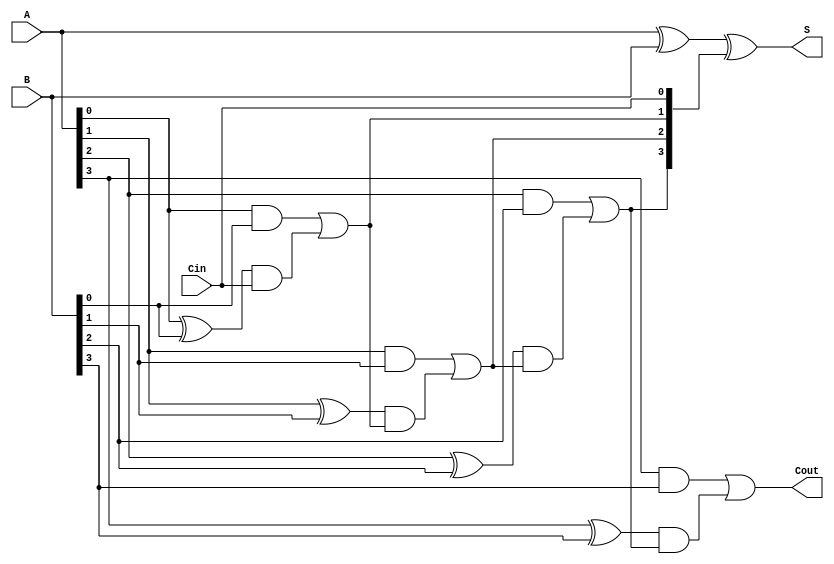
`timescale 1ns / 1ps
//////////////////////////////////////////////////////////////////////////////////
// Company: 
// Engineer: 
// 
// Design Name: 
// Module Name:    CLA 
// Project Name: 
// Target Devices: 
// Tool versions: 
// Description: 
//
// Dependencies: 
//
// Revision: 
// Revision 0.01 - File Created
// Additional Comments: 
//
//////////////////////////////////////////////////////////////////////////////////
module CarryLookAheadAdder(
  input [3:0]A, B, 
  input Cin,
  output [3:0] S,
  output Cout
);
  wire [3:0] Ci; // Carry intermediate for intermediate computation
  
  assign Ci[0] = Cin;
  assign Ci[1] = (A[0] & B[0]) | ((A[0]^B[0]) & Ci[0]);
  //assign Ci[2] = (A[1] & B[1]) | ((A[1]^B[1]) & Ci[1]); expands to
  assign Ci[2] = (A[1] & B[1]) | ((A[1]^B[1]) & ((A[0] & B[0]) | ((A[0]^B[0]) & Ci[0])));
  //assign Ci[3] = (A[2] & B[2]) | ((A[2]^B[2]) & Ci[2]); expands to
  assign Ci[3] = (A[2] & B[2]) | ((A[2]^B[2]) & ((A[1] & B[1]) | ((A[1]^B[1]) & ((A[0] & B[0]) | ((A[0]^B[0]) & Ci[0])))));
  //assign Cout  = (A[3] & B[3]) | ((A[3]^B[3]) & Ci[3]); expands to
  assign Cout  = (A[3] & B[3]) | ((A[3]^B[3]) & ((A[2] & B[2]) | ((A[2]^B[2]) & ((A[1] & B[1]) | ((A[1]^B[1]) & ((A[0] & B[0]) | ((A[0]^B[0]) & Ci[0])))))));

  assign S = A^B^Ci;
endmodule